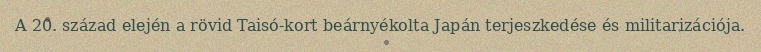
A 20. század elején a rövid Taisó-kort beárnyékolta Japán terjeszkedése és militarizációja.